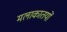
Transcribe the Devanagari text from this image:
मलाकातयों